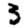
Digit: 3